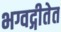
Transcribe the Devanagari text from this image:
भग्वद्गीतेत